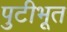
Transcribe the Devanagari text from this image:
पुटीभूत